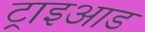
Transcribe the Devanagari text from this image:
ट्राइआड